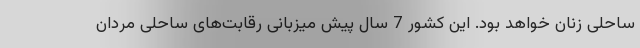
ساحلی زنان خواهد بود. این کشور 7 سال پیش میزبانی رقابت‌های ساحلی مردان